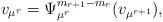
LaTeX: \begin{align*} v_{\mu^r}=\Psi^{m_{r+1}-m_r}_{\mu^r}(v_{\mu^{r+1}}),\end{align*}